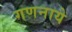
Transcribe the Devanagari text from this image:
गणनाये